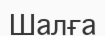
Шалға